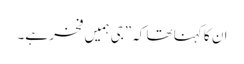
ان کا کہنا تھا کہ”جی ہمیں فخر ہے۔